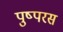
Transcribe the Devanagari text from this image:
पुष्परस